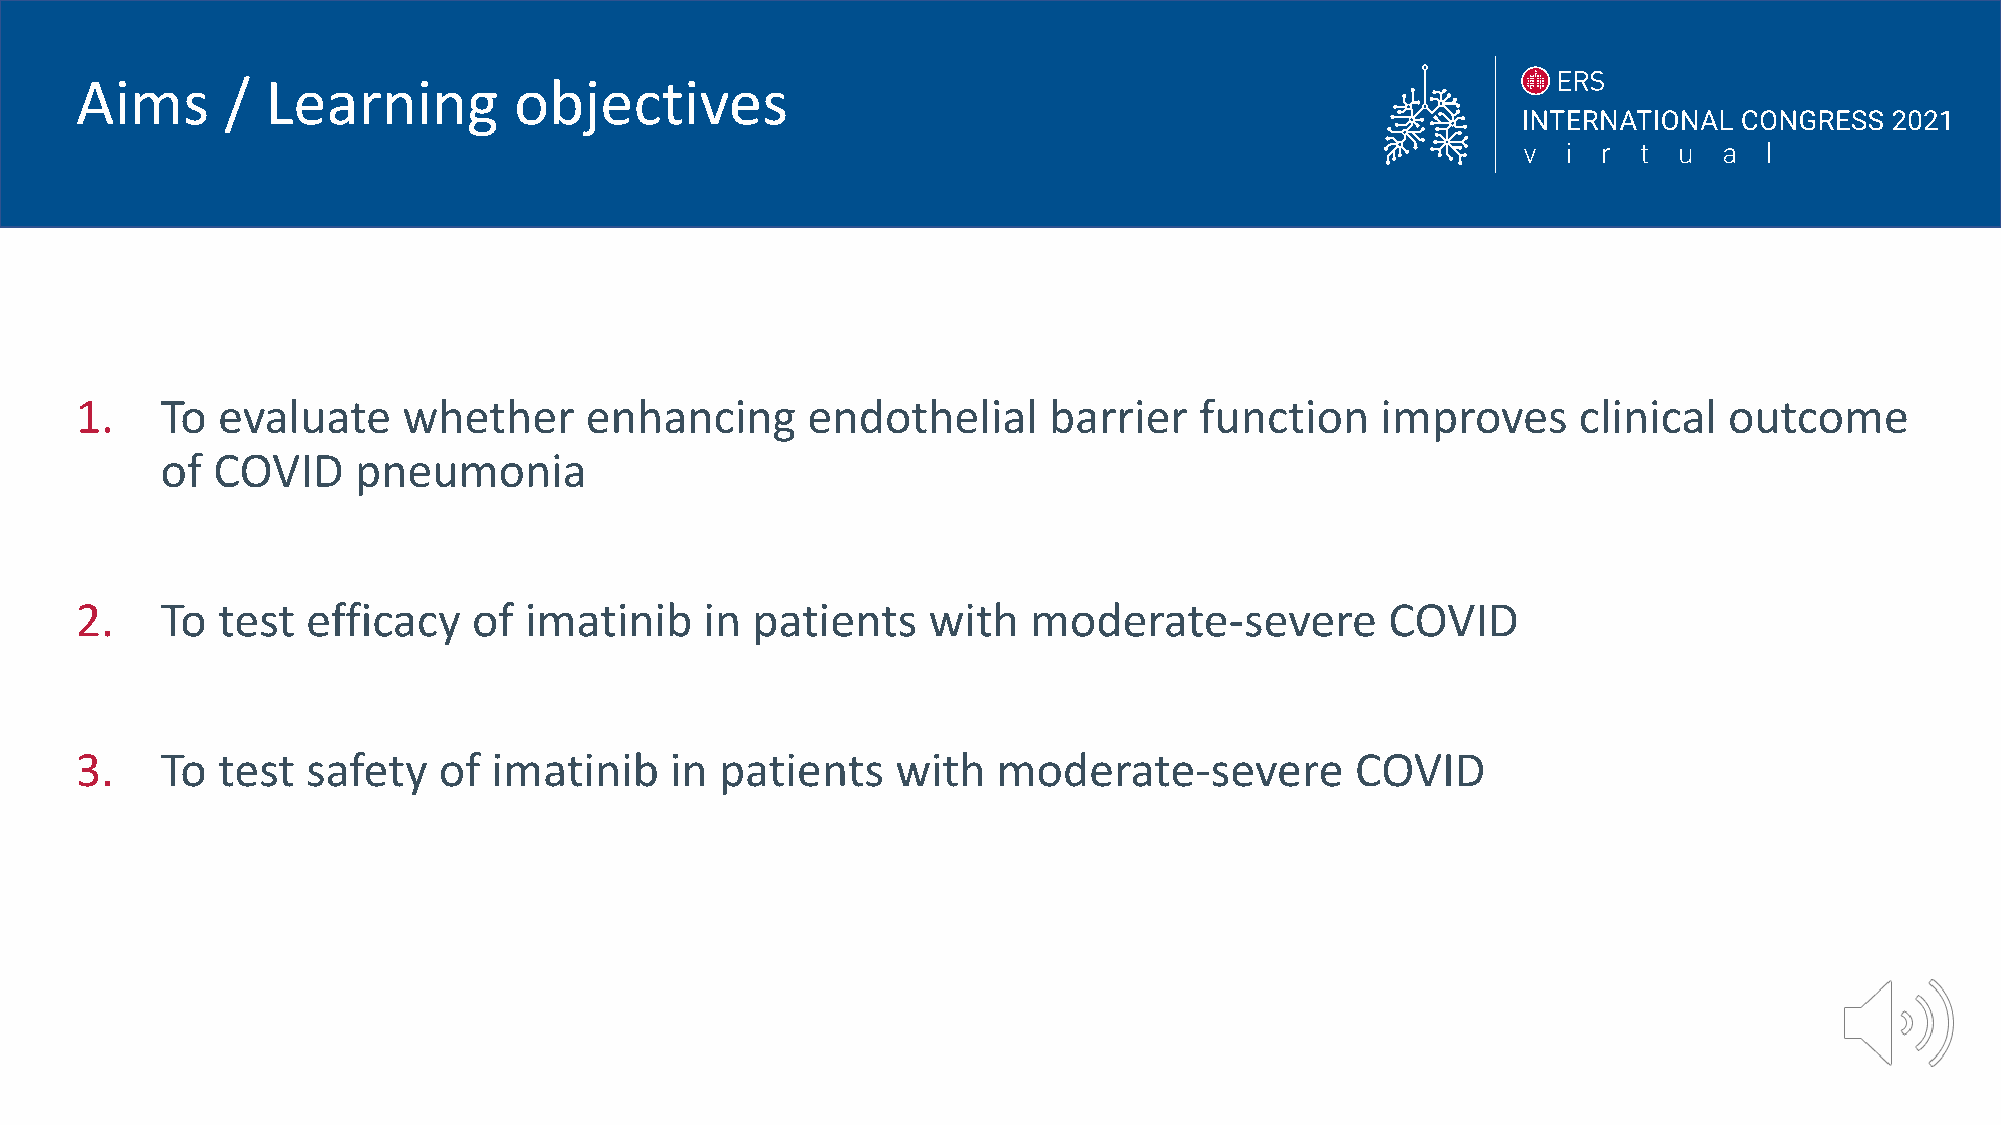
Aims      /  Learning        objectives
 1.    To evaluate     whether     enhancing     endothelial     barrier   function    improves     clinical  outcome
 of COVID    pneumonia
 2.    To test  efficacy   of  imatinib    in patients   with   moderate-severe         COVID
 3.    To test  safety   of  imatinib   in  patients   with   moderate-severe         COVID